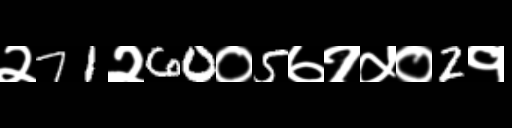
Text: २71२60०5७१५०2१